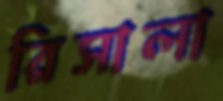
রিসালা